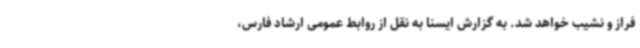
فراز و نشیب خواهد شد. به گزارش ایسنا به نقل از روابط عمومی ارشاد فارس،